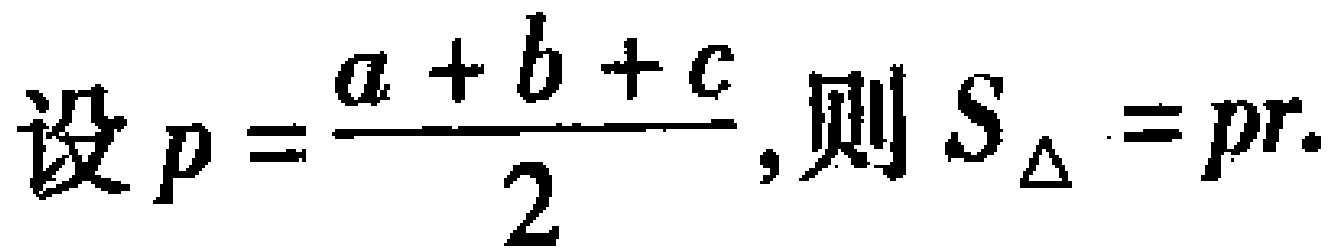
设\(p = \frac{a + b + c}{2}\), 则 \(S_{\triangle}=pr\).